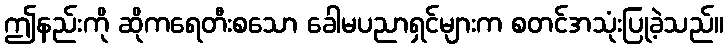
ဤနည်းကို ဆိုကရေတီးစသော ခေါမပညာရှင်များက စတင်အသုံးပြုခဲ့သည်။